Manual of the Civil Veterinary Department, Central Provinces and Berar
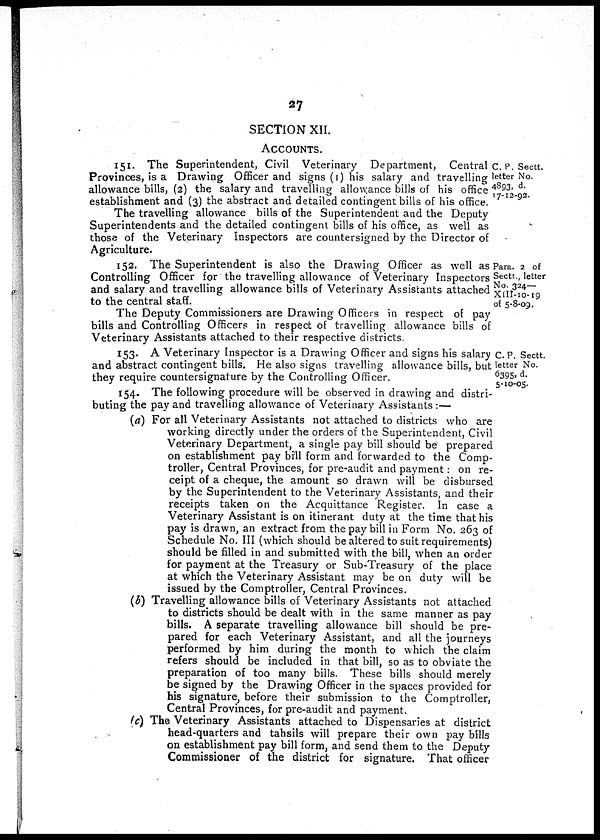
27
SECTION XII.
ACCOUNTS.
C. P. Sectt.
letter No.
4893, d.
17-12-92.
151. The Superintendent, Civil Veterinary Department, Central
Provinces, is a Drawing Officer and signs (1) his salary and travelling
allowance bills, (2) the salary and travelling allowance bills of his office
establishment and (3) the abstract and detailed contingent bills of his office.
The travelling allowance bills of the Superintendent and the Deputy
Superintendents and the detailed contingent bills of his office, as well as
those of the Veterinary Inspectors are countersigned by the Director of
Agriculture.
Para. 2 of
Sectt., letter
No. 324—
XIII-10-19
of 5-8-09.
152. The Superintendent is also the Drawing Officer as well as
Controlling Officer for the travelling allowance of Veterinary Inspectors
and salary and travelling allowance bills of Veterinary Assistants attached
to the central staff.
The Deputy Commissioners are Drawing Officers in respect of pay
bills and Controlling Officers in respect of travelling allowance bills of
Veterinary Assistants attached to their respective districts.
C. P. Sectt.
letter No.
6395, d.
5-10-05.
153. A Veterinary Inspector is a Drawing Officer and signs his salary
and abstract contingent bills. He also signs travelling allowance bills, but
they require countersignature by the Controlling Officer.
154. The following procedure will be observed in drawing and distri-
buting the pay and travelling allowance of Veterinary Assistants:—
(a) For all Veterinary Assistants not attached to districts who are
working directly under the orders of the Superintendent, Civil
Veterinary Department, a single pay bill should be prepared
on establishment pay bill form and forwarded to the Comp-
troller, Central Provinces, for pre-audit and payment: on re-
ceipt of a cheque, the amount so drawn will be disbursed
by the Superintendent to the Veterinary Assistants, and their
receipts taken on the Acquittance Register. In case a
Veterinary Assistant is on itinerant duty at the time that his
pay is drawn, an extract from the pay bill in Form No. 263 of
Schedule No. III (which should be altered to suit requirements)
should be filled in and submitted with the bill, when an order
for payment at the Treasury or Sub-Treasury of the place
at which the Veterinary Assistant may be on duty will be
issued by the Comptroller, Central Provinces.
(b) Travelling allowance bills of Veterinary Assistants not attached
to districts should be dealt with in the same manner as pay
bills. A separate travelling allowance bill should be pre-
pared for each Veterinary Assistant, and all the journeys
performed by him during the month to which the claim
refers should be included in that bill, so as to obviate the
preparation of too many bills. These bills should merely
be signed by the Drawing Officer in the spaces provided for
his signature, before their submission to the Comptroller,
Central Provinces, for pre-audit and payment.
(c) The Veterinary Assistants attached to Dispensaries at district
head-quarters and tahsils will prepare their own pay bills
on establishment pay bill form, and send them to the Deputy
Commissioner of the district for signature. That officer